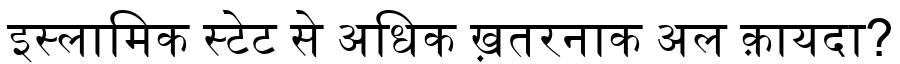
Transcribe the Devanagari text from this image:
इस्लामिक स्टेट से अधिक ख़तरनाक अल क़ायदा?